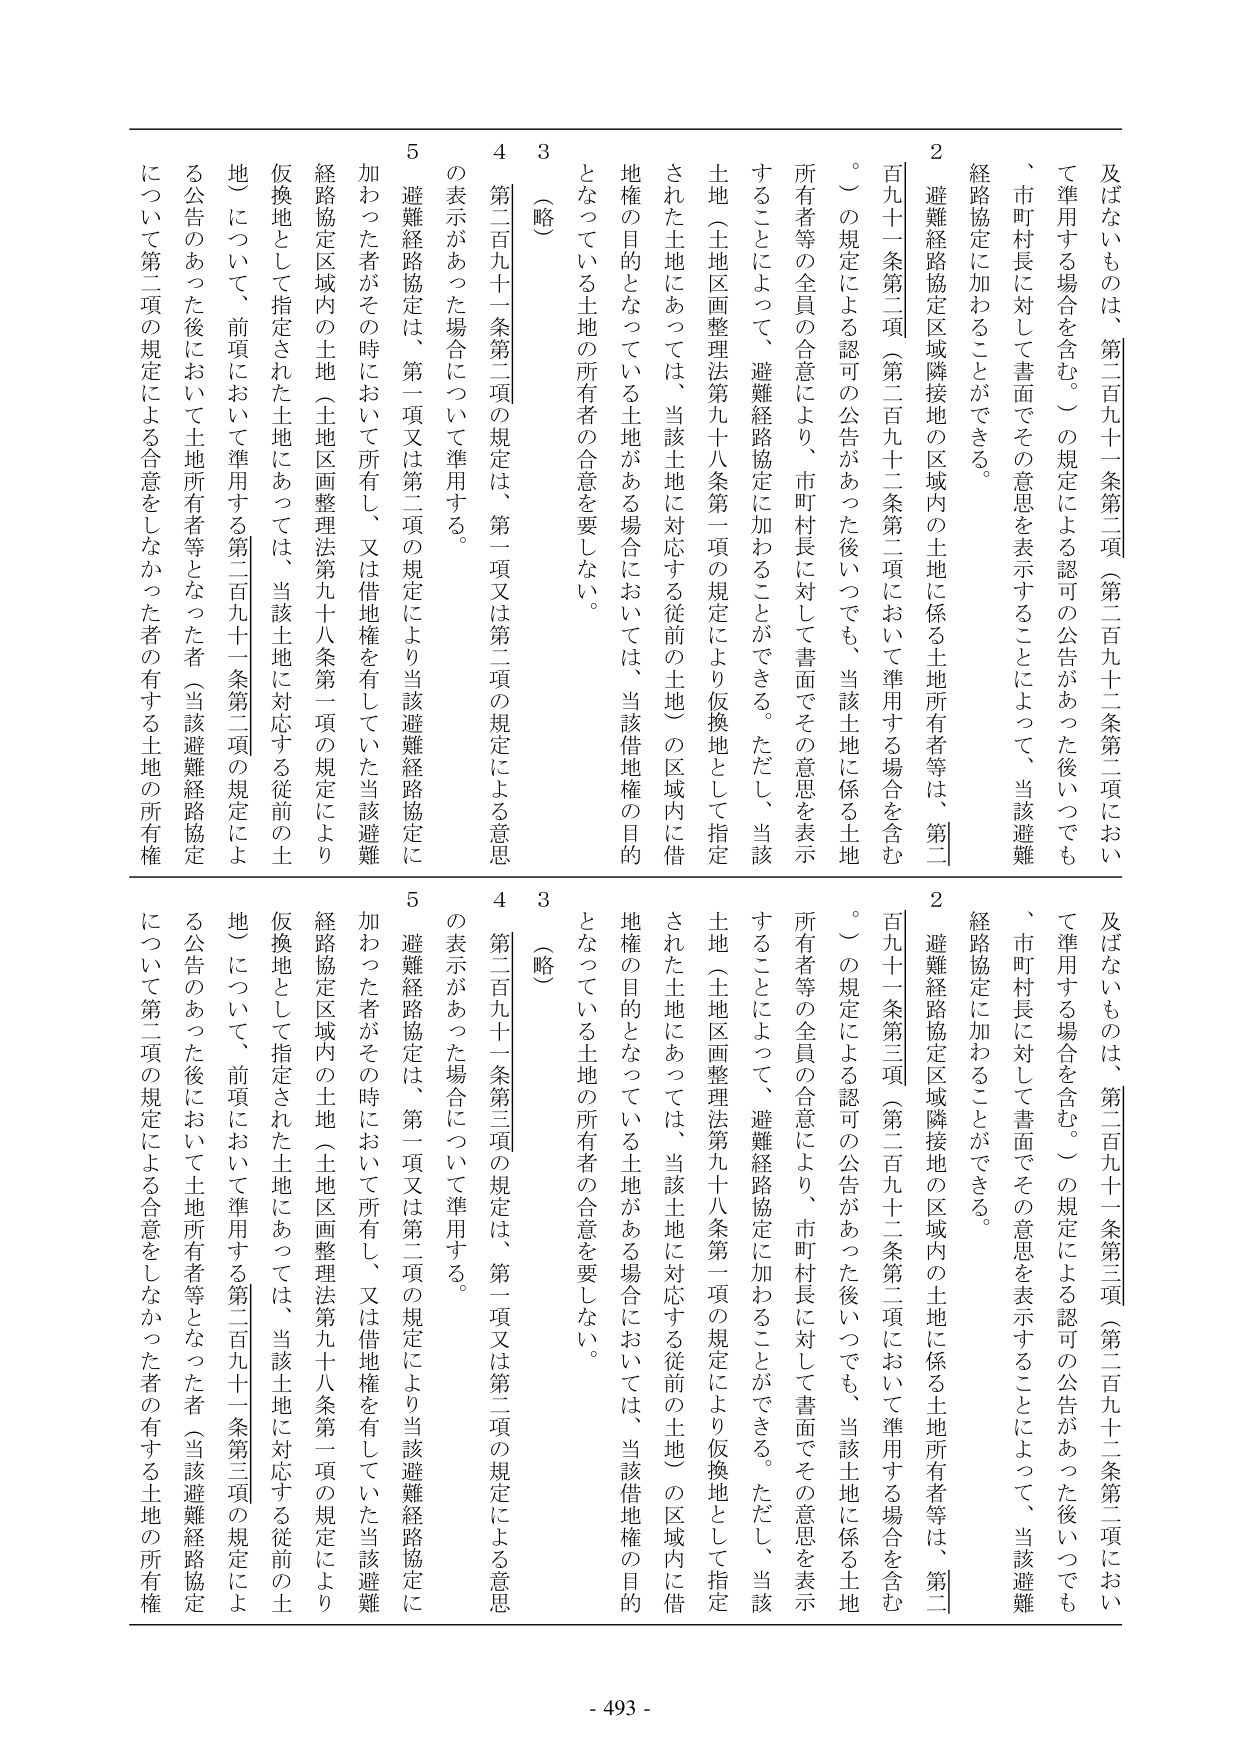
及ばないものは、第二百九十一条第二項（第二百九十二条第二項において準用する場合を含む。）の規定による認可の公告があった後いつでも、市町村長に対して書面でその意思を表示することによって、当該避難経路協定に加わることができる。

２　避難経路協定区域隣接地の区域内の土地に係る土地所有者等は、第二百九十一条第二項（第二百九十二条第二項において準用する場合を含む。）の規定による認可の公告があった後いつでも、当該土地に係る土地所有者等の全員の合意により、市町村長に対して書面でその意思を表示することによって、避難経路協定に加わることができる。ただし、当該土地（土地区画整理法第九十八条第一項の規定により仮換地として指定された土地にあっては、当該土地に対応する従前の土地）の区域内に借地権の目的となっている土地がある場合においては、当該借地権の目的となっている土地の所有者の合意を要しない。

３　（略）

４　第二百九十一条第二項の規定は、第一項又は第二項の規定による意思の表示があった場合について準用する。

５　避難経路協定は、第一項又は第二項の規定により当該避難経路協定に加わった者がその時において所有し、又は借地権を有していた当該避難経路協定区域内の土地（土地区画整理法第九十八条第一項の規定により仮換地として指定された土地にあっては、当該土地に対応する従前の土地）について、前項において準用する第二百九十一条第二項の規定による公告のあった後において土地所有者等となった者（当該避難経路協定について第二項の規定による合意をしなかった者の有する土地の所有権

及ばないものは、第二百九十一条第三項（第二百九十二条第二項において準用する場合を含む。）の規定による認可の公告があった後いつでも、市町村長に対して書面でその意思を表示することによって、当該避難経路協定に加わることができる。

２　避難経路協定区域隣接地の区域内の土地に係る土地所有者等は、第二百九十一条第三項（第二百九十二条第二項において準用する場合を含む。）の規定による認可の公告があった後いつでも、当該土地に係る土地所有者等の全員の合意により、市町村長に対して書面でその意思を表示することによって、避難経路協定に加わることができる。ただし、当該土地（土地区画整理法第九十八条第一項の規定により仮換地として指定された土地にあっては、当該土地に対応する従前の土地）の区域内に借地権の目的となっている土地がある場合においては、当該借地権の目的となっている土地の所有者の合意を要しない。

３　（略）

４　第二百九十一条第三項の規定は、第一項又は第二項の規定による意思の表示があった場合について準用する。

５　避難経路協定は、第一項又は第二項の規定により当該避難経路協定に加わった者がその時において所有し、又は借地権を有していた当該避難経路協定区域内の土地（土地区画整理法第九十八条第一項の規定により仮換地として指定された土地にあっては、当該土地に対応する従前の土地）について、前項において準用する第二百九十一条第三項の規定による公告のあった後において土地所有者等となった者（当該避難経路協定について第二項の規定による合意をしなかった者の有する土地の所有権

- 493 -